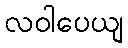
လဝါပေယျ